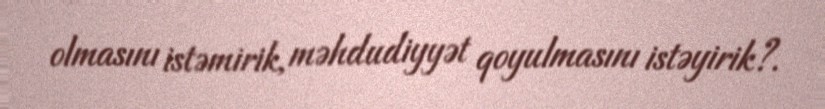
olmasını istəmirik, məhdudiyyət qoyulmasını istəyirik?.